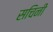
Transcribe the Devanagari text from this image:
सचिनी